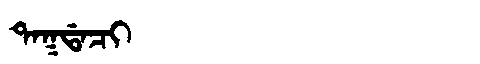
Manchu: ᡨᠠᡴᡩᠠᠴᡳ
Romanization: TAKDACI